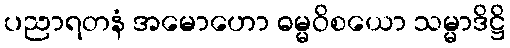
ပညာရတနံ အမောဟော ဓမ္မဝိစယော သမ္မာဒိဋ္ဌိ